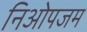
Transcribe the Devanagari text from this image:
निओपजम